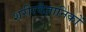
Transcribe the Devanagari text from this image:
शरीरवैज्ञानिकों